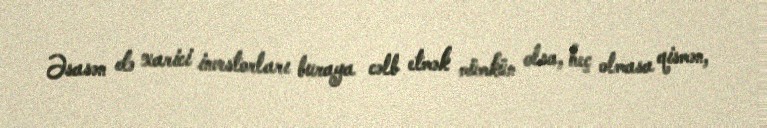
Əsasən də xarici investorları buraya cəlb etmək mümkün olsa, heç olmasa qismən,